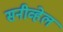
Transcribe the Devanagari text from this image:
सनीव्हेल